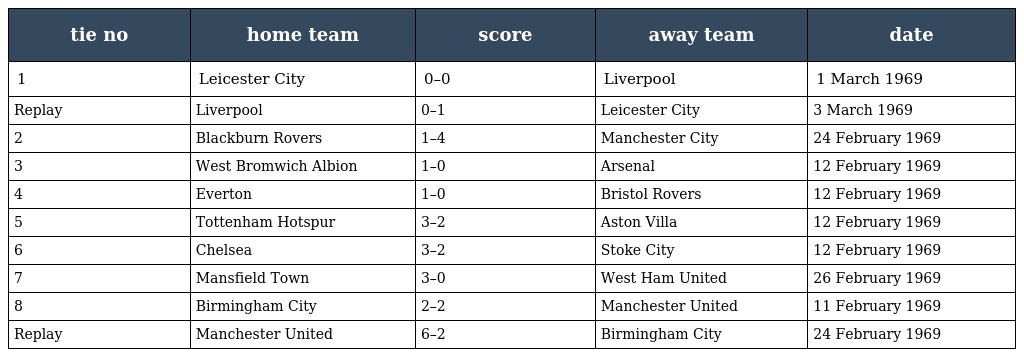
| tie no | home team | score | away team | date |
 | --- | --- | --- | --- | --- |
 | 1 | Leicester City | 0–0 | Liverpool | 1 March 1969 |
 | Replay | Liverpool | 0–1 | Leicester City | 3 March 1969 |
 | 2 | Blackburn Rovers | 1–4 | Manchester City | 24 February 1969 |
 | 3 | West Bromwich Albion | 1–0 | Arsenal | 12 February 1969 |
 | 4 | Everton | 1–0 | Bristol Rovers | 12 February 1969 |
 | 5 | Tottenham Hotspur | 3–2 | Aston Villa | 12 February 1969 |
 | 6 | Chelsea | 3–2 | Stoke City | 12 February 1969 |
 | 7 | Mansfield Town | 3–0 | West Ham United | 26 February 1969 |
 | 8 | Birmingham City | 2–2 | Manchester United | 11 February 1969 |
 | Replay | Manchester United | 6–2 | Birmingham City | 24 February 1969 |